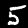
Digit: 5